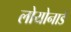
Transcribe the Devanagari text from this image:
लोयोनार्ड